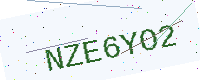
Text: NZE6YO2